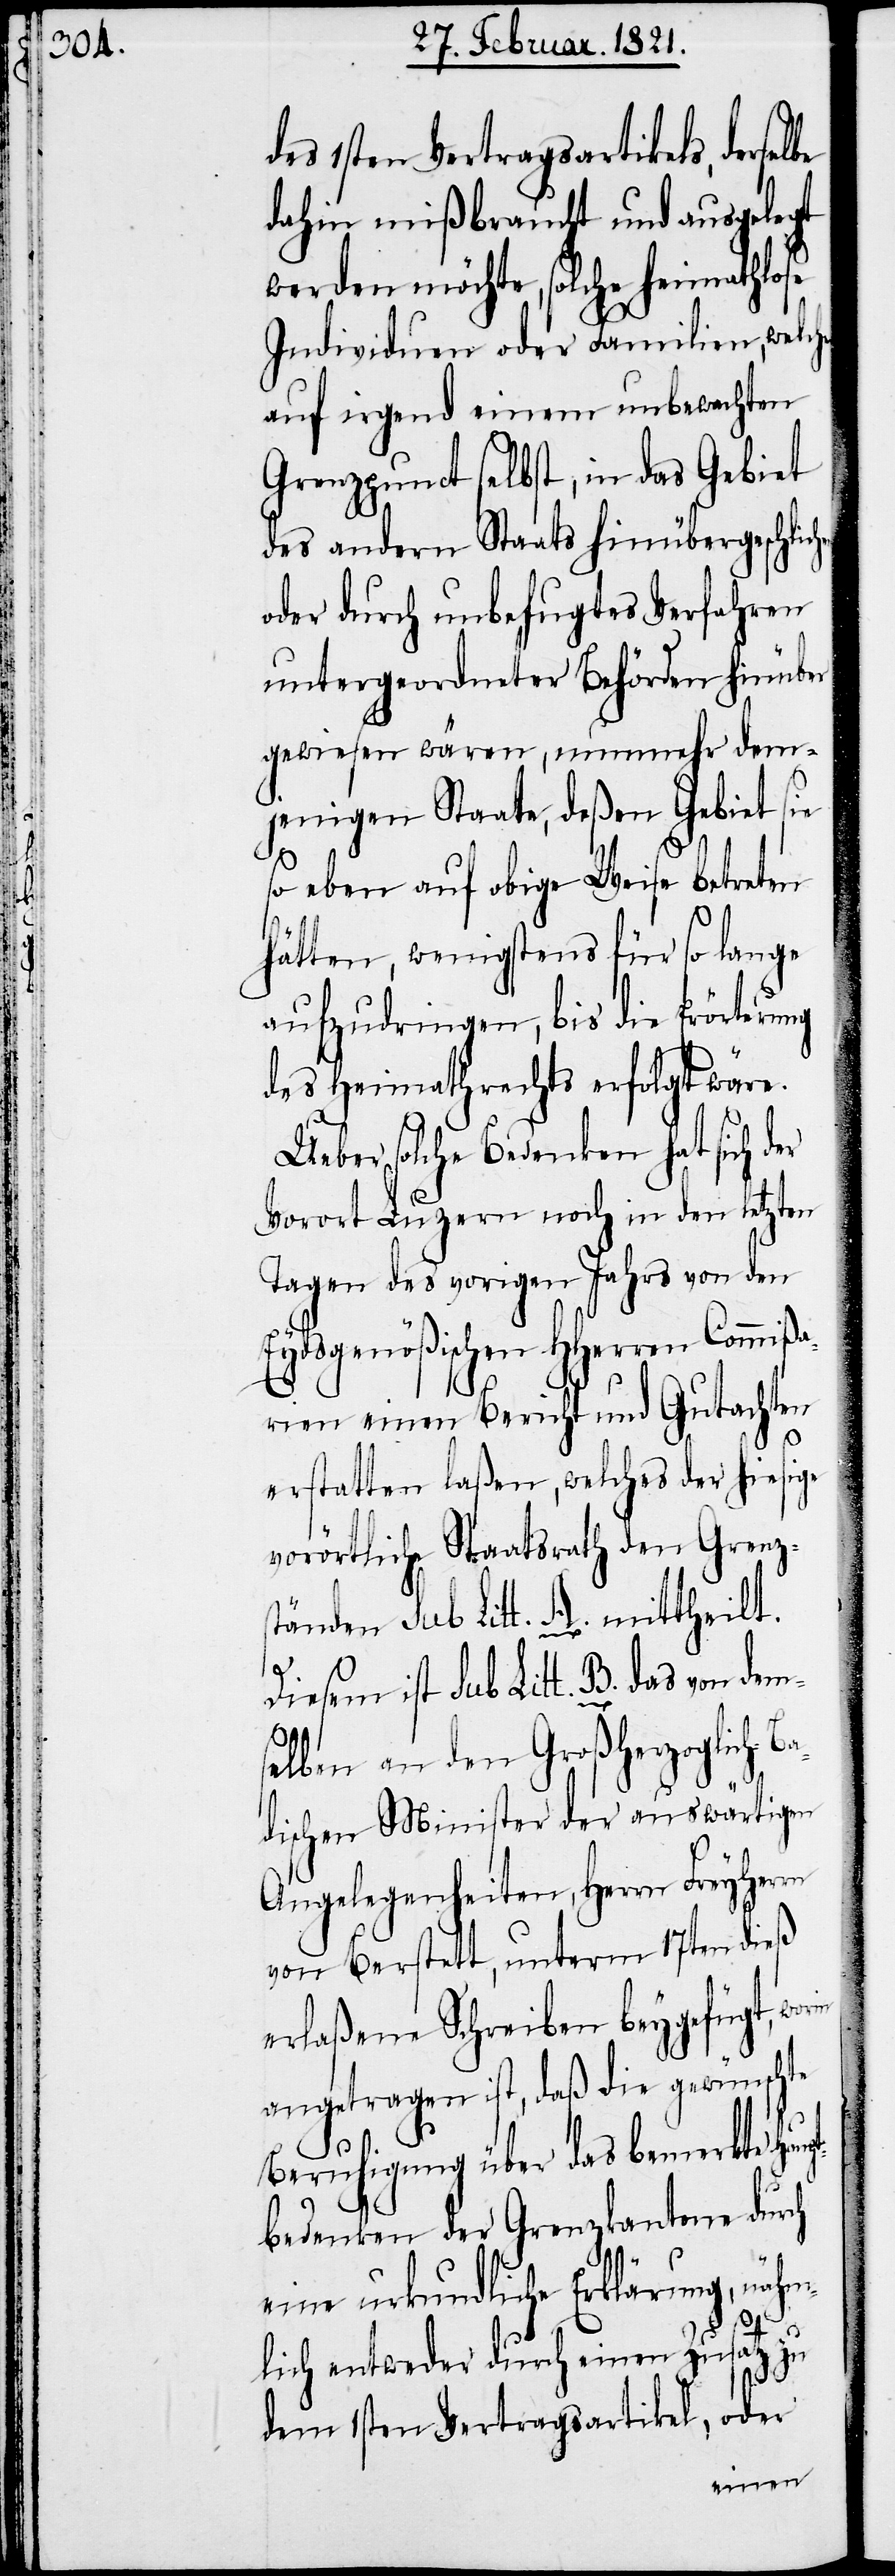
des 1sten Vertragsartikels, derselbe
dahin mißbraucht und ausgelegt
werden möchte, solche heimathlose
Individuen oder Familien, welche
auf irgend einem unbewachten
Grenzpunct selbst, in das Gebiet
des andern Staats hinübergeschli¬
oder durch unbefugtes Verfahren
untergeordneter Behörden hinüber
gewiesen wären, nunmehr dem¬
jenigen Staate, deßen Gebiet sie
so eben auf obige Weise betreten
hätten, wenigstens für so lange
aufzudringen, bis die Erörterung
des Heimathrechts erfolgt wäre.
Ueber solche Bedenken hat sich der
Vorort Luzern noch in den letzten
Tagen des vorigen Jahres von den
Eydsgenößischen HHerren Commiß¬
arien einen Bericht und Gutachten
erstellen laßen, welches der hiesige
vorörtliche Staatsrath den Grenz¬
ständen sub Litt A. mittheilt.
Diesem ist sub Litt. B. das von dem¬
selben an den Großherzoglich-B¬
adischen Minister der auswärtigen
Angelegenheiten, Herrn Freyherrn
von Berstett, unterm 17ten dieß
erlaßene Schreiben beygefügt,
angetragen ist, daß die gewünschte
nähm¬
Beruhigung über das bemerkte Haupt¬
bedenken der Grenzkantone durch
eine urkundliche Erklärung,
chen
lich entweder durch einen Zusatz zu
dem 1sten Vertragsartikel, oder